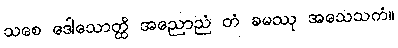
သစေ ဒေါသောတ္ထိ အညောညံ တံ ခမဿု အသေသကံ။